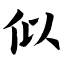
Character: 似